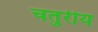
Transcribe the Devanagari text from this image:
चतुरीय